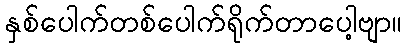
နှစ်ပေါက်တစ်ပေါက်ရိုက်တာပေါ့ဗျာ။